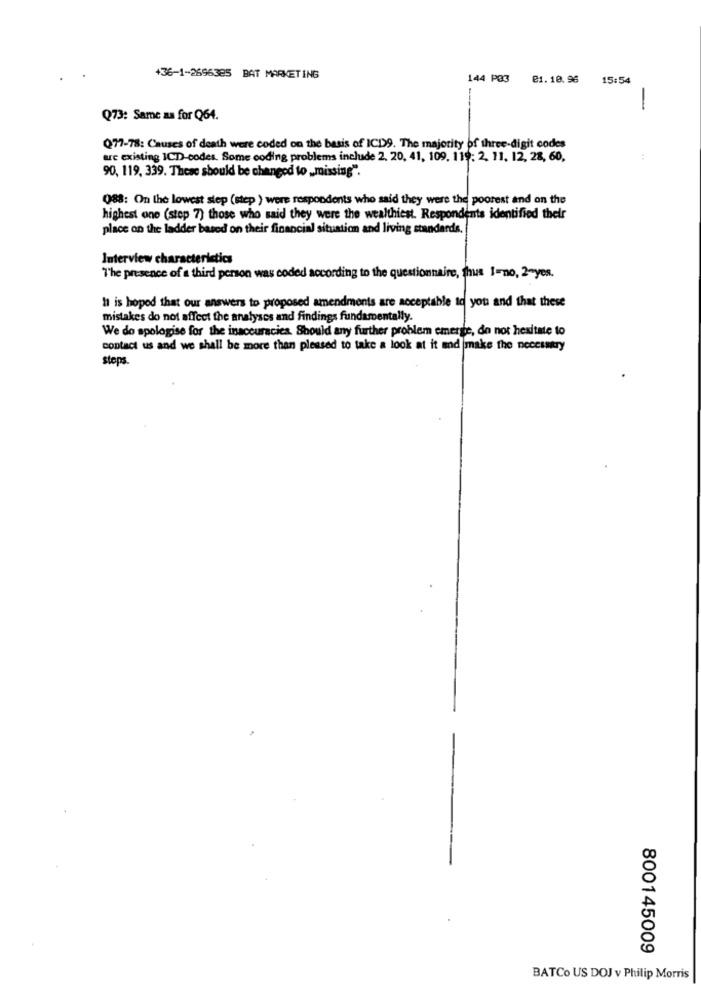
+36-1-2696385 BAT MARKETING
144 P33
@1.10.96
15:54
-
Q73: Same as for Q64.
Q77-78: Causes of death were coded on the basis of ICD9. The majority of three-digit codes
are existing ICD-codes. Some coding problems include 2, 20, 41, 109. 119: 2, 11. 12, 28, 60,
90, 119, 339. These should be changed to , missing".
Q88: On the lowest step (step ) were respondents who said they were the poorest and on the
highest one (step 7) those who said they were the wealthiest. Respondents identified thelr
place on the ladder based on their financial situation and living standards.
Interview characteristics
The presence of a third person was coded according to the questionnaire, thus I=no, 2-yes.
It is hoped that our answers to proposed amendments are acceptable to you and that these
mistakes do not affect the analyses and findings fundamentally.
We do apologise for the inaccuracies. Should any further problem emerge, do not hesitate to
contact us and we shall be more than pleased to take a look at it and make the neccuntry
steps.
800145009
BATCo US DOJ v Philip Morris